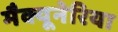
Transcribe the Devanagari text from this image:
मैक्यूनेरिया